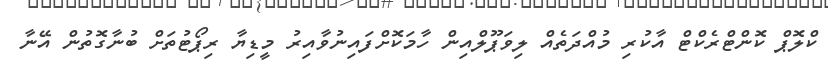
ކްލޮޕް ކޮންޓްރެކްޓް އާކުރި މުއްދަތެއް ލިވަޕޫލްއިން ހާމަކޮށްފައިނުވާއިރު މީޑިޔާ ރިޕޯޓުތަށް ބުނާގޮތުން އޭނާ